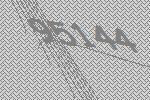
95144